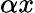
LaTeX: \alpha x